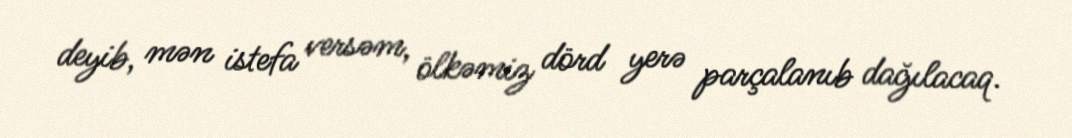
deyib, mən istefa versəm, ölkəmiz dörd yerə parçalanıb dağılacaq.